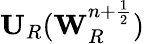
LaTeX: \mathbf{U}_{R}(\mathbf{W}_{R}^{n+\frac{1}{2}})